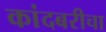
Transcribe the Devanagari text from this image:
कांदबरीचा